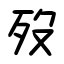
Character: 歿